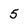
Character: 5